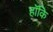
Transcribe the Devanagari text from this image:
हॉकि